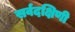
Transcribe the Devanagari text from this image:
सर्वदक्षिणी